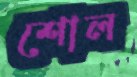
শোল